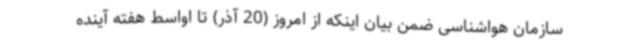
سازمان هواشناسی ضمن بیان اینکه از امروز (20 آذر) تا اواسط هفته آینده